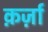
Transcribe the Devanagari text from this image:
क़र्ज़ा